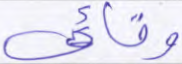
وقائي